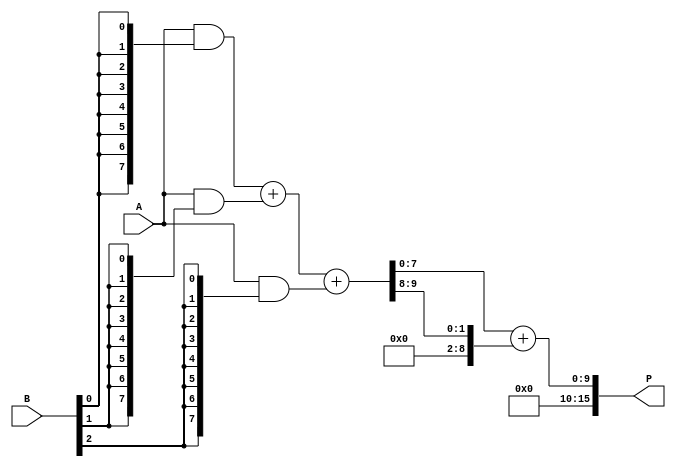
module WallaceTreeMultiplier #(parameter N = 8) (
    input  [N-1:0] A, // Multiplicand
    input  [N-1:0] B, // Multiplier
    output reg [2*N-1:0] P // Product
);

    // Internal signals for partial products
    wire [N-1:0] pp [0:N-1]; // Partial products
    wire [N-1:0] sum [0:N-1]; // Sums for Wallace tree
    wire [N:0] carry [0:N-1]; // Carry bits

    // Generate partial products
    genvar i, j;
    generate
        for (i = 0; i < N; i = i + 1) begin : gen_partial_products
            assign pp[i] = A & {N{B[i]}}; // AND operation to generate partial products
        end
    endgenerate

    // Wallace tree reduction
    wire [N-1:0] sum1, sum2;
    wire [N-1:0] carry1, carry2;
    
    // Reduce partial products using carry-save adders
    generate
        for (i = 0; i < N-1; i = i + 1) begin : wallace_tree_reduction
            if (i % 3 == 0) begin
                assign {carry[i/3], sum[i/3]} = pp[i] + pp[i+1] + pp[i+2]; // 3 inputs
            end
        end
    endgenerate

    // Final carry propagation
    wire [2*N-1:0] final_sum;
    assign final_sum = sum[0] + carry[0];

    // Assign final product
    always @(*) begin
        P = final_sum;
    end

endmodule